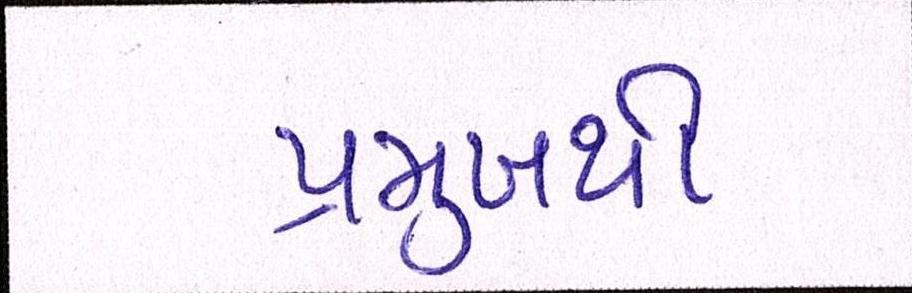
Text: પ્રમુખથી